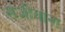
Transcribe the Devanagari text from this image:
संजीवांना